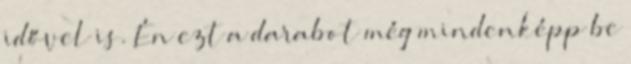
idővel is. Én ezt a darabot még mindenképp be